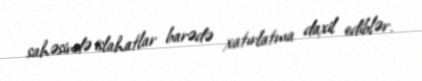
sahəsində islahatlar barədə xatırlatma daxil ediblər.